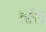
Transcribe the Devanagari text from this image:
लापिस